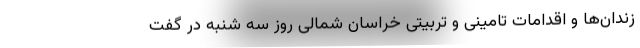
زندان‌ها و اقدامات تامینی و تربیتی خراسان شمالی روز سه شنبه در گفت